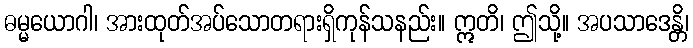
ဓမ္မယောဂါ၊ အားထုတ်အပ်သောတရားရှိကုန်သနည်း။ ဣတိ၊ ဤသို့။ အပသာဒေန္တိ၊